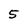
Character: 5